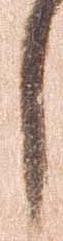
し